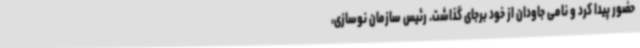
حضور پیدا کرد و نامی جاودان از خود برجای گذاشت. رئیس سازمان نوسازی،